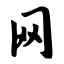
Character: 网